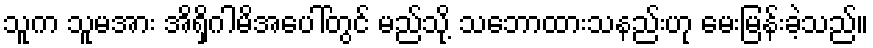
သူက သူမအား အိရှိဂါမိအပေါ်တွင် မည်သို့ သဘောထားသနည်းဟု မေးမြန်းခဲ့သည်။